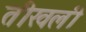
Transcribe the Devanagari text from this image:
तीखली